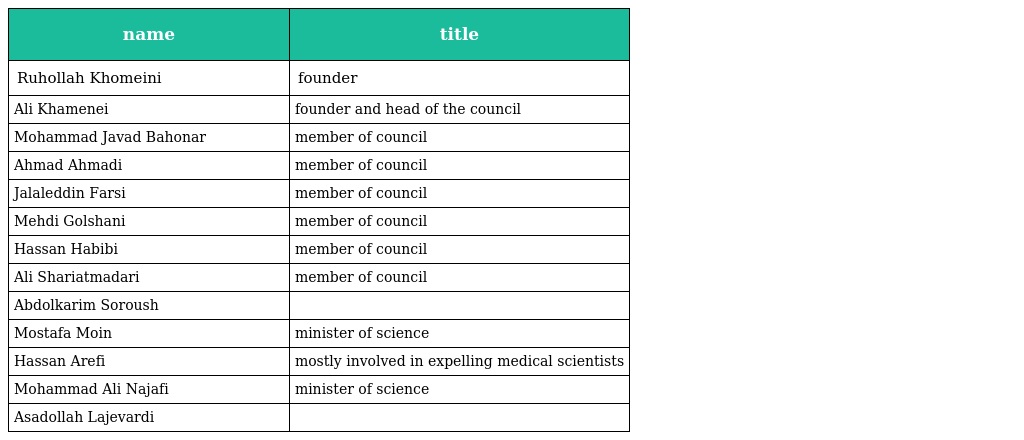
| name | title |
 | --- | --- |
 | Ruhollah Khomeini | founder |
 | Ali Khamenei | founder and head of the council |
 | Mohammad Javad Bahonar | member of council |
 | Ahmad Ahmadi | member of council |
 | Jalaleddin Farsi | member of council |
 | Mehdi Golshani | member of council |
 | Hassan Habibi | member of council |
 | Ali Shariatmadari | member of council |
 | Abdolkarim Soroush |  |
 | Mostafa Moin | minister of science |
 | Hassan Arefi | mostly involved in expelling medical scientists |
 | Mohammad Ali Najafi | minister of science |
 | Asadollah Lajevardi |  |